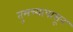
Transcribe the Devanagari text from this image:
तुमच्यापासून